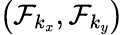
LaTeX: \left(\mathcal{F}_{k_{x}},\mathcal{F}_{k_{y}}\right)